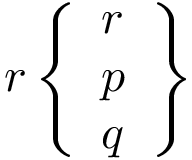
r \left\{ { \begin{array} { l } { r } \\ { p } \\ { q } \end{array} } \right\}